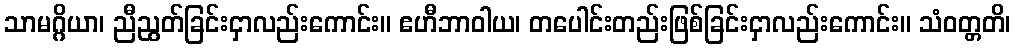
သာမဂ္ဂိယာ၊ ညီညွတ်ခြင်းငှာလည်းကောင်း။ ဧဟီဘာဝါယ၊ တပေါင်းတည်းဖြစ်ခြင်းငှာလည်းကောင်း။ သံဝတ္တတိ၊